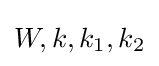
W,k,k_{1},k_{2}